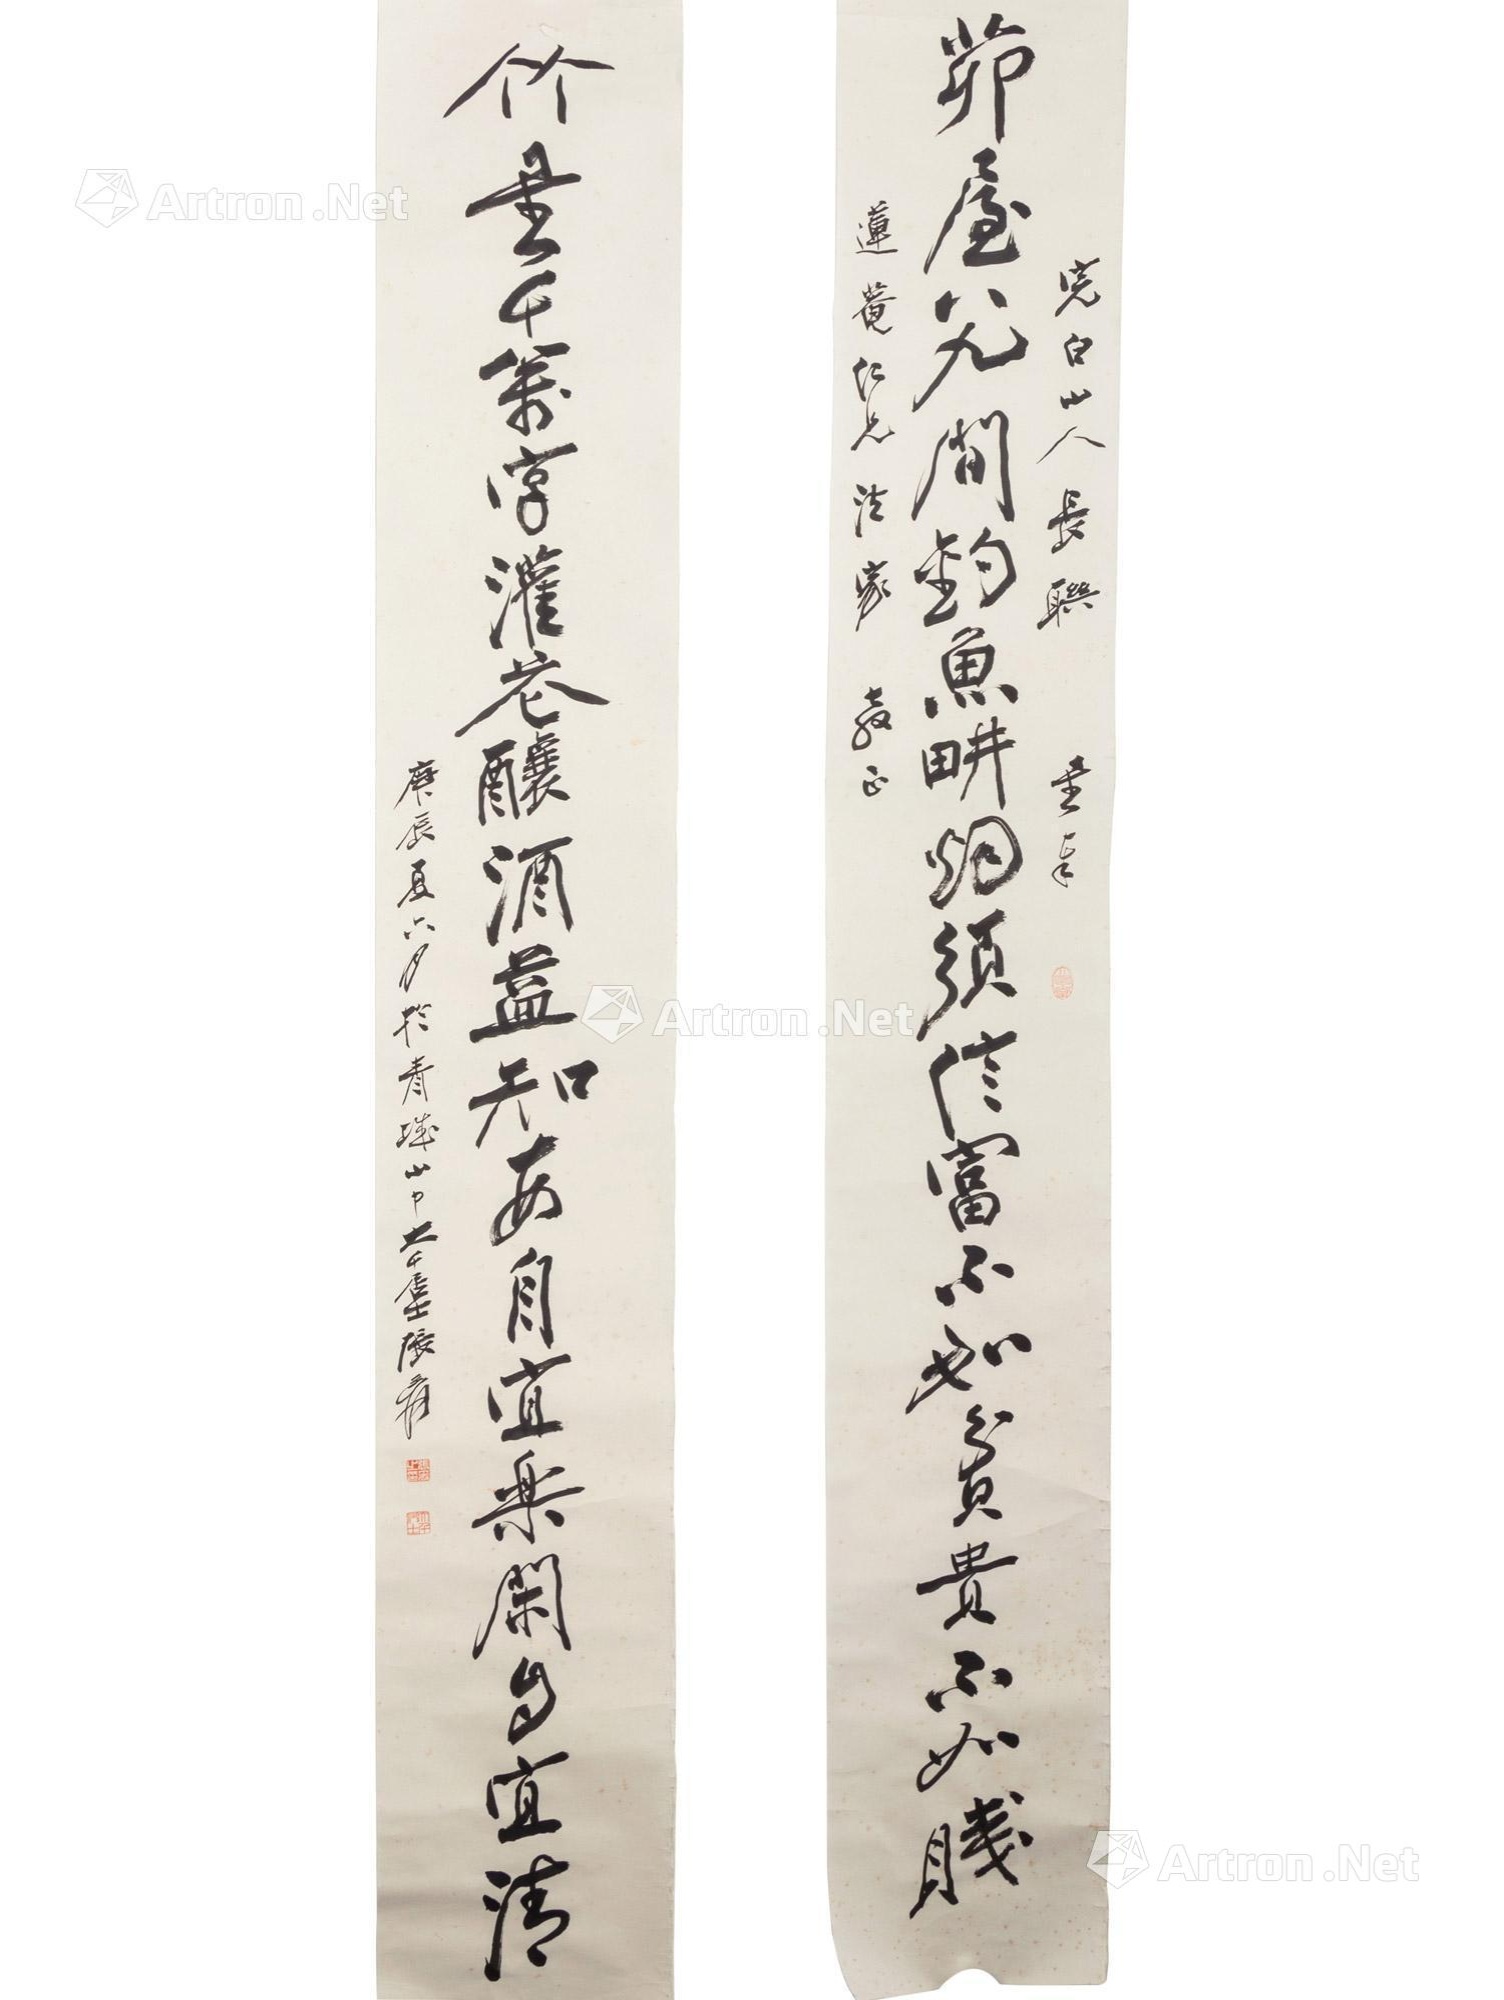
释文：茅屋八九间，钓雨耕烟，须信富不如贫，贵不如贱；竹书千万字，灌花酿酒，可知安自宜乐，闲自宜清。完白山人长联，星奉。莲庵仁兄法家教正。庚辰（1940）夏六月于青城山中，大千居士张爰。